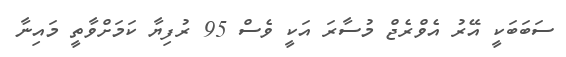
ސަބަބަކީ އޭރު އެވްރެޖް މުސާރަ އަކީ ވެސް 95 ރުފިޔާ ކަމަށްވާތީ މައިނާ